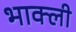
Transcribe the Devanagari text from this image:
भाक्ली